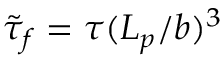
\tilde { \tau } _ { f } = \tau ( L _ { p } / b ) ^ { 3 }